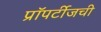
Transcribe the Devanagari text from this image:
प्रॉपर्टीजची